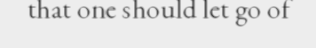
that one should let go of